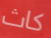
كاث